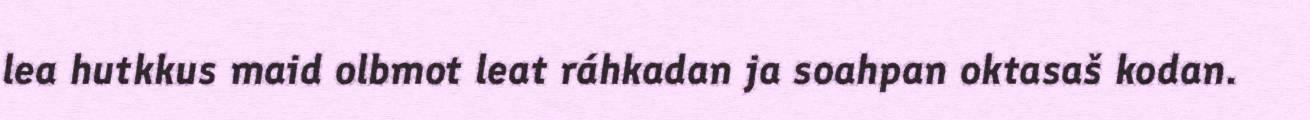
lea hutkkus maid olbmot leat ráhkadan ja soahpan oktasaš kodan.